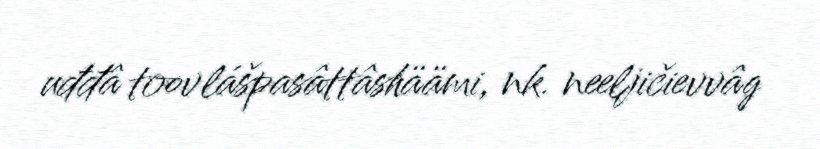
uđđâ toovlášpasâttâshäämi, nk. neeljičievvâg